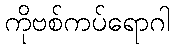
ကိုဗစ်ကပ်ရောဂါ